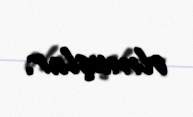
olmuşlar.